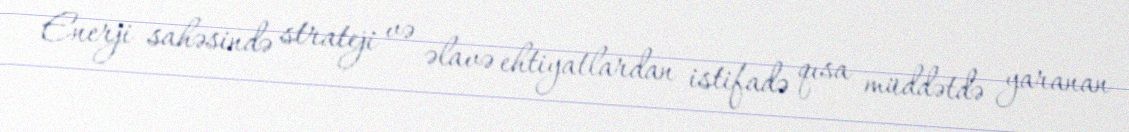
Enerji sahəsində strateji və əlavə ehtiyatlardan istifadə qısa müddətdə yaranan